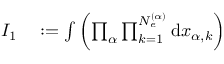
\begin{array} { r l } { I _ { 1 } } & { { } : = \int { \left( \prod _ { \alpha } \prod _ { k = 1 } ^ { N _ { e } ^ { ( \alpha ) } } { \mathrm { d } x _ { \alpha , k } } \right) } } \end{array}